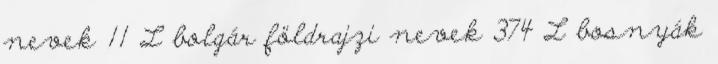
nevek‎ 11 L bolgár földrajzi nevek‎ 374 L bosnyák